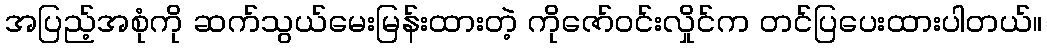
အပြည့်အစုံကို ဆက်သွယ်မေးမြန်းထားတဲ့ ကိုဇော်ဝင်းလှိုင်က တင်ပြပေးထားပါတယ်။